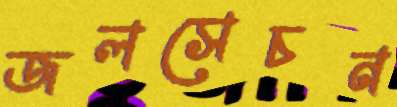
জলসেচন